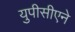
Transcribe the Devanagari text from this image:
युपीसीएने